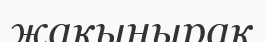
жақынырақ